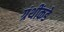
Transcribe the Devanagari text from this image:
ग्रंथींकडे